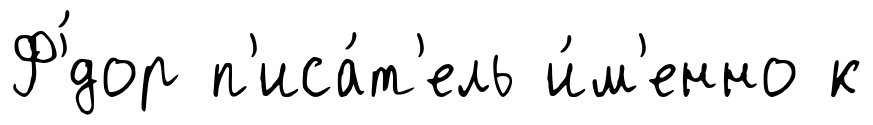
Ф'́дор п'иса́т'ель и́м'енно к